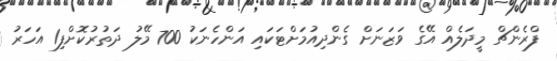
ފްރެންޗް މީދަލެއް އޭގެ ވަޒަނަށް ގެންދިއުމަށްޓަކައި އަންހެނަކު 700 މޭލު ދަތުރުކޮށްފި1 އަހަރު